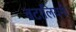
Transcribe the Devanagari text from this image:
बटालियनी